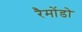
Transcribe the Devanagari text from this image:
रैमोंडो